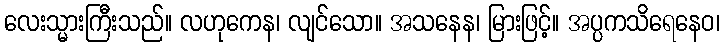
လေးသ္မားကြီးသည်။ လဟုကေန၊ လျင်သော။ အသနေန၊ မြားဖြင့်။ အပ္ပကသိရေနေဝ၊